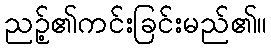
ညဉ့်၏ကင်းခြင်းမည်၏။